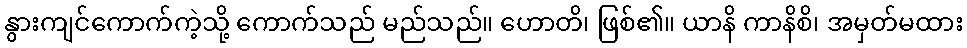
နွားကျင်ကောက်ကဲ့သို့ ကောက်သည် မည်သည်။ ဟောတိ၊ ဖြစ်၏။ ယာနိ ကာနိစိ၊ အမှတ်မထား